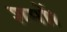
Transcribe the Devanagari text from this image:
शमों।